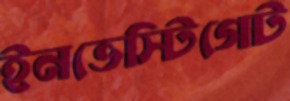
ইনভেস্টিগেট